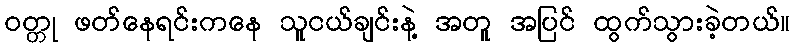
ဝတ္တု ဖတ်နေရင်းကနေ သူငယ်ချင်းနဲ့ အတူ အပြင် ထွက်သွားခဲ့တယ်။